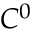
C ^ { 0 }